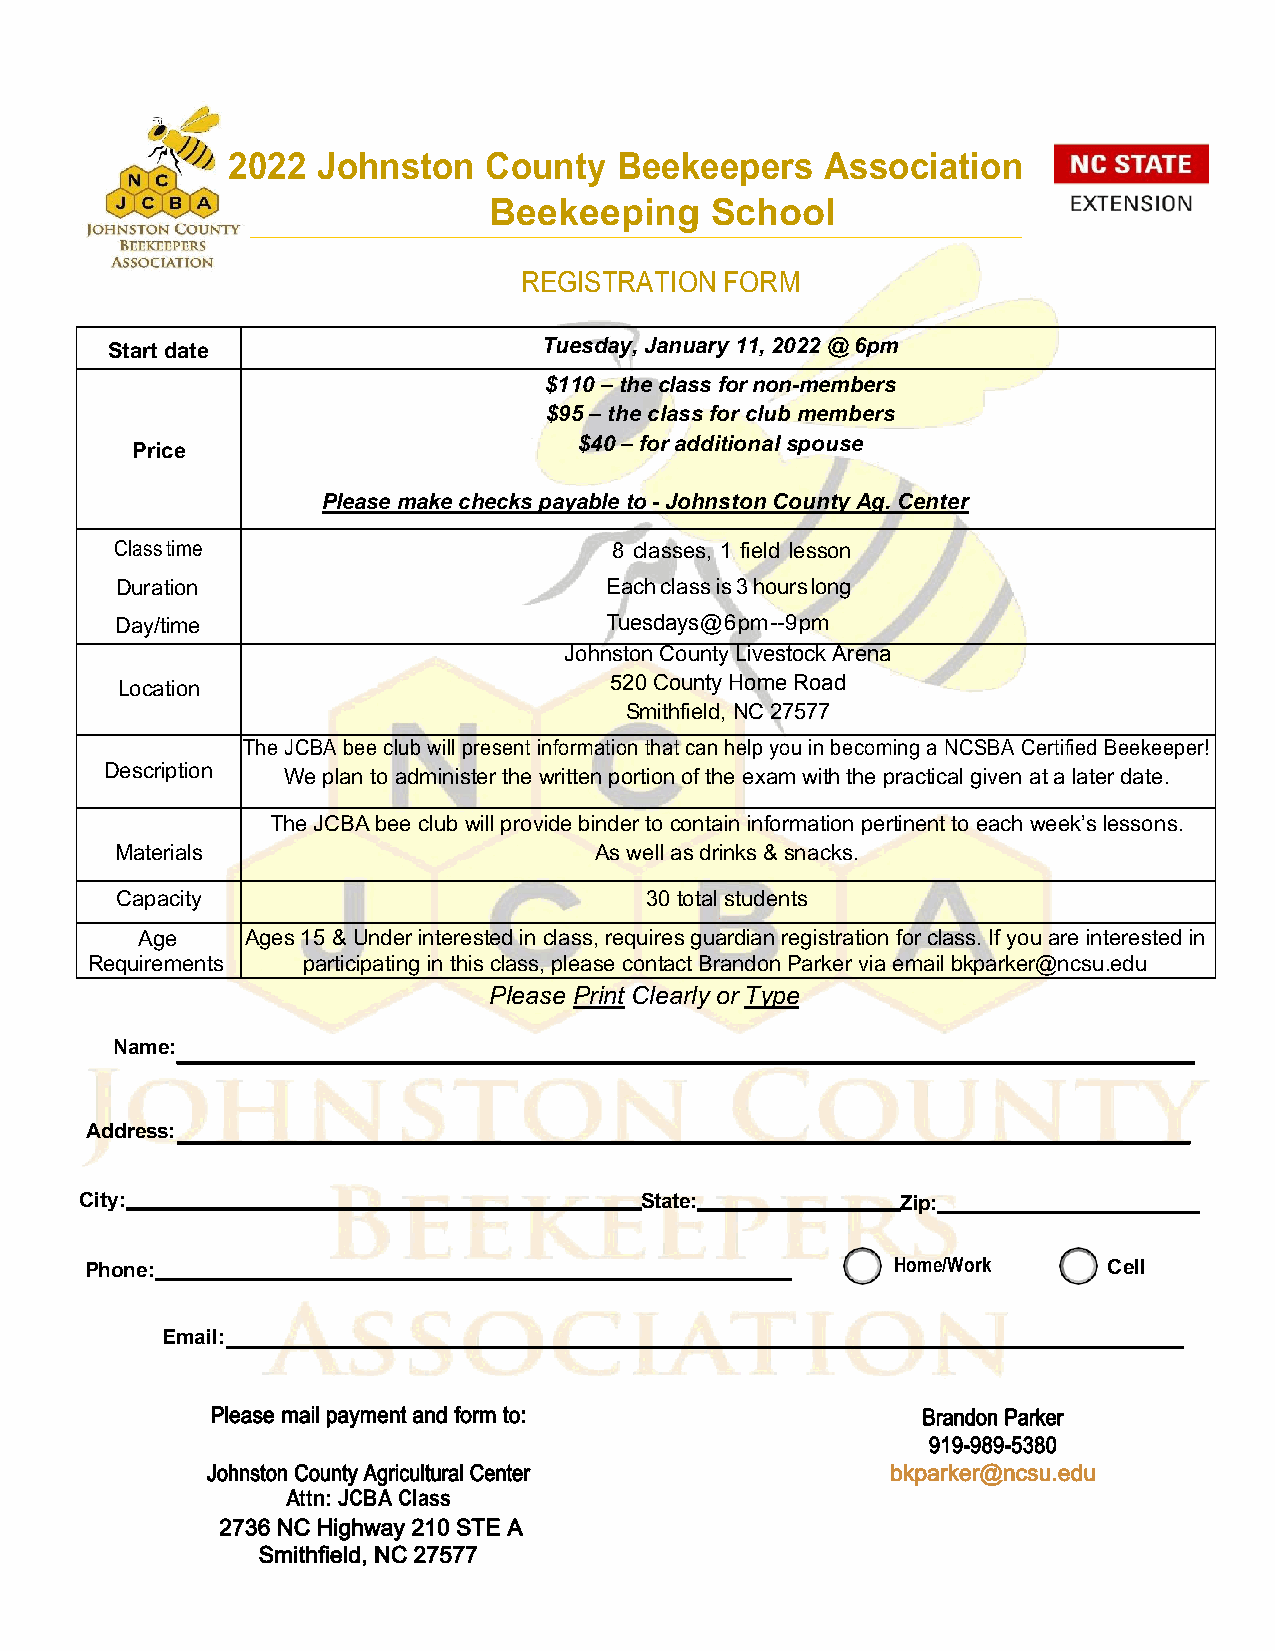
2022  Johnston   County   Beekeepers    Association
 Beekeeping     School
 REGISTRATION  FORM
 Start date                   Tuesday, January 11, 2022 @ 6pm
 $110 – the class for non-members
 $95 – the class for club members
 $40 – for additional spouse
 Price
 Please make checks payable to - Johnston County Ag. Center
 Class time                       8 classes, 1 field lesson
 Duration                        Each class is 3 hours long
 Day/time                        Tuesdays @ 6 pm -- 9 pm
 Johnston County Livestock Arena
 Location                        520 County Home Road
 Smithfield, NC 27577
 The JCBA bee club will present information that can help you in becoming a NCSBA Certified Beekeeper!
 Description We plan to administer the written portion of the exam with the practical given at a later date.
 The JCBA bee club will provide binder to contain information pertinent to each week’s lessons.
 Materials                      As well as drinks & snacks.
 Capacity                           30 total students
 Age    Ages 15 & Under interested in class, requires guardian registration for class. If you are interested in
 Requirements  participating in this class, please contact Brandon Parker via email bkparker@ncsu.edu
 Please Print Clearly or Type
 Name:
 Address:
 City:                                State:            Zip:
 Phone:                                               Home/Work     Cell
 Email:
 Please mail payment and form to:               Brandon Parker
 919-989-5380
 Johnston County Agricultural Center          bkparker@ncsu.edu
 Attn: JCBA Class
 2736 NC Highway 210 STE A
 Smithfield, NC 27577